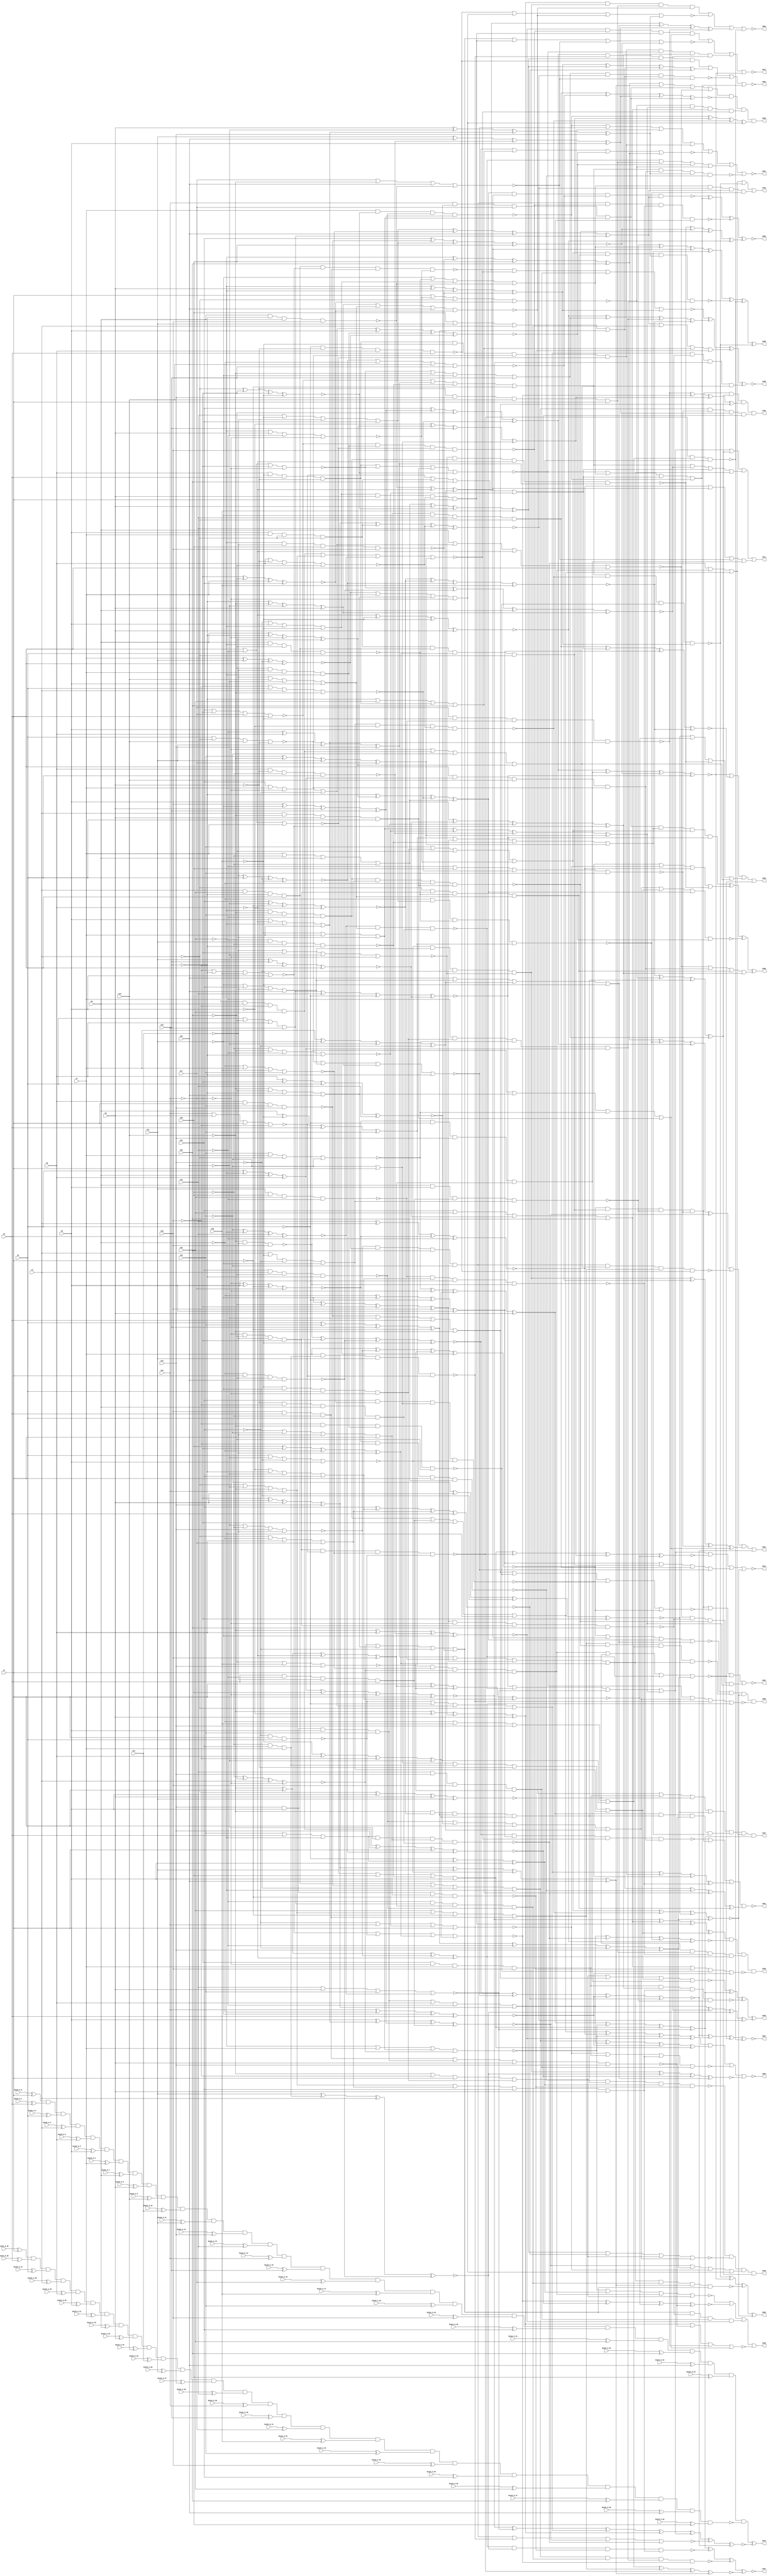


module Stat_489_535
(
  n1,
  n2,
  n3,
  n4,
  n5,
  n6,
  n7,
  n8,
  n9,
  n10,
  n11,
  n12,
  n13,
  n14,
  n15,
  n16,
  n17,
  n18,
  n19,
  n20,
  n21,
  n22,
  n23,
  n24,
  n25,
  n508,
  n492,
  n495,
  n490,
  n489,
  n496,
  n510,
  n507,
  n503,
  n491,
  n504,
  n514,
  n497,
  n505,
  n513,
  n494,
  n506,
  n500,
  n502,
  n512,
  n487,
  n509,
  n499,
  n498,
  n488,
  n501,
  n493,
  n511,
  keyIn_0_0,
  keyIn_0_1,
  keyIn_0_2,
  keyIn_0_3,
  keyIn_0_4,
  keyIn_0_5,
  keyIn_0_6,
  keyIn_0_7,
  keyIn_0_8,
  keyIn_0_9,
  keyIn_0_10,
  keyIn_0_11,
  keyIn_0_12,
  keyIn_0_13,
  keyIn_0_14,
  keyIn_0_15,
  keyIn_0_16,
  keyIn_0_17,
  keyIn_0_18,
  keyIn_0_19,
  keyIn_0_20,
  keyIn_0_21,
  keyIn_0_22,
  keyIn_0_23,
  keyIn_0_24,
  keyIn_0_25,
  keyIn_0_26,
  keyIn_0_27,
  keyIn_0_28,
  keyIn_0_29,
  keyIn_0_30,
  keyIn_0_31,
  keyIn_0_32,
  keyIn_0_33,
  keyIn_0_34,
  keyIn_0_35,
  keyIn_0_36,
  keyIn_0_37,
  keyIn_0_38,
  keyIn_0_39,
  keyIn_0_40,
  keyIn_0_41,
  keyIn_0_42,
  keyIn_0_43,
  keyIn_0_44,
  keyIn_0_45,
  keyIn_0_46,
  keyIn_0_47,
  keyIn_0_48,
  keyIn_0_49
);

  input n1;input n2;input n3;input n4;input n5;input n6;input n7;input n8;input n9;input n10;input n11;input n12;input n13;input n14;input n15;input n16;input n17;input n18;input n19;input n20;input n21;input n22;input n23;input n24;input n25;input keyIn_0_0;input keyIn_0_1;input keyIn_0_2;input keyIn_0_3;input keyIn_0_4;input keyIn_0_5;input keyIn_0_6;input keyIn_0_7;input keyIn_0_8;input keyIn_0_9;input keyIn_0_10;input keyIn_0_11;input keyIn_0_12;input keyIn_0_13;input keyIn_0_14;input keyIn_0_15;input keyIn_0_16;input keyIn_0_17;input keyIn_0_18;input keyIn_0_19;input keyIn_0_20;input keyIn_0_21;input keyIn_0_22;input keyIn_0_23;input keyIn_0_24;input keyIn_0_25;input keyIn_0_26;input keyIn_0_27;input keyIn_0_28;input keyIn_0_29;input keyIn_0_30;input keyIn_0_31;input keyIn_0_32;input keyIn_0_33;input keyIn_0_34;input keyIn_0_35;input keyIn_0_36;input keyIn_0_37;input keyIn_0_38;input keyIn_0_39;input keyIn_0_40;input keyIn_0_41;input keyIn_0_42;input keyIn_0_43;input keyIn_0_44;input keyIn_0_45;input keyIn_0_46;input keyIn_0_47;input keyIn_0_48;input keyIn_0_49;
  output n508;output n492;output n495;output n490;output n489;output n496;output n510;output n507;output n503;output n491;output n504;output n514;output n497;output n505;output n513;output n494;output n506;output n500;output n502;output n512;output n487;output n509;output n499;output n498;output n488;output n501;output n493;output n511;
  wire n26;wire n27;wire n28;wire n29;wire n30;wire n31;wire n32;wire n33;wire n34;wire n35;wire n36;wire n37;wire n38;wire n39;wire n40;wire n41;wire n42;wire n43;wire n44;wire n45;wire n46;wire n47;wire n48;wire n49;wire n50;wire n51;wire n52;wire n53;wire n54;wire n55;wire n56;wire n57;wire n58;wire n59;wire n60;wire n61;wire n62;wire n63;wire n64;wire n65;wire n66;wire n67;wire n68;wire n69;wire n70;wire n71;wire n72;wire n73;wire n74;wire n75;wire n76;wire n77;wire n78;wire n79;wire n80;wire n81;wire n82;wire n83;wire n84;wire n85;wire n86;wire n87;wire n88;wire n89;wire n90;wire n91;wire n92;wire n93;wire n94;wire n95;wire n96;wire n97;wire n98;wire n99;wire n100;wire n101;wire n102;wire n103;wire n104;wire n105;wire n106;wire n107;wire n108;wire n109;wire n110;wire n111;wire n112;wire n113;wire n114;wire n115;wire n116;wire n117;wire n118;wire n119;wire n120;wire n121;wire n122;wire n123;wire n124;wire n125;wire n126;wire n127;wire n128;wire n129;wire n130;wire n131;wire n132;wire n133;wire n134;wire n135;wire n136;wire n137;wire n138;wire n139;wire n140;wire n141;wire n142;wire n143;wire n144;wire n145;wire n146;wire n147;wire n148;wire n149;wire n150;wire n151;wire n152;wire n153;wire n154;wire n155;wire n156;wire n157;wire n158;wire n159;wire n160;wire n161;wire n162;wire n163;wire n164;wire n165;wire n166;wire n167;wire n168;wire n169;wire n170;wire n171;wire n172;wire n173;wire n174;wire n175;wire n176;wire n177;wire n178;wire n179;wire n180;wire n181;wire n182;wire n183;wire n184;wire n185;wire n186;wire n187;wire n188;wire n189;wire n190;wire n191;wire n192;wire n193;wire n194;wire n195;wire n196;wire n197;wire n198;wire n199;wire n200;wire n201;wire n202;wire n203;wire n204;wire n205;wire n206;wire n207;wire n208;wire n209;wire n210;wire n211;wire n212;wire n213;wire n214;wire n215;wire n216;wire n217;wire n218;wire n219;wire n220;wire n221;wire n222;wire n223;wire n224;wire n225;wire n226;wire n227;wire n228;wire n229;wire n230;wire n231;wire n232;wire n233;wire n234;wire n235;wire n236;wire n237;wire n238;wire n239;wire n240;wire n241;wire n242;wire n243;wire n244;wire n245;wire n246;wire n247;wire n248;wire n249;wire n250;wire n251;wire n252;wire n253;wire n254;wire n255;wire n256;wire n257;wire n258;wire n259;wire n260;wire n261;wire n262;wire n263;wire n264;wire n265;wire n266;wire n267;wire n268;wire n269;wire n270;wire n271;wire n272;wire n273;wire n274;wire n275;wire n276;wire n277;wire n278;wire n279;wire n280;wire n281;wire n282;wire n283;wire n284;wire n285;wire n286;wire n287;wire n288;wire n289;wire n290;wire n291;wire n292;wire n293;wire n294;wire n295;wire n296;wire n297;wire n298;wire n299;wire n300;wire n301;wire n302;wire n303;wire n304;wire n305;wire n306;wire n307;wire n308;wire n309;wire n310;wire n311;wire n312;wire n313;wire n314;wire n315;wire n316;wire n317;wire n318;wire n319;wire n320;wire n321;wire n322;wire n323;wire n324;wire n325;wire n326;wire n327;wire n328;wire n329;wire n330;wire n331;wire n332;wire n333;wire n334;wire n335;wire n336;wire n337;wire n338;wire n339;wire n340;wire n341;wire n342;wire n343;wire n344;wire n345;wire n346;wire n347;wire n348;wire n349;wire n350;wire n351;wire n352;wire n353;wire n354;wire n355;wire n356;wire n357;wire n358;wire n359;wire n360;wire n361;wire n362;wire n363;wire n364;wire n365;wire n366;wire n367;wire n368;wire n369;wire n370;wire n371;wire n372;wire n373;wire n374;wire n375;wire n376;wire n377;wire n378;wire n379;wire n380;wire n381;wire n382;wire n383;wire n384;wire n385;wire n386;wire n387;wire n388;wire n389;wire n390;wire n391;wire n392;wire n393;wire n394;wire n395;wire n396;wire n397;wire n398;wire n399;wire n400;wire n401;wire n402;wire n403;wire n404;wire n405;wire n406;wire n407;wire n408;wire n409;wire n410;wire n411;wire n412;wire n413;wire n414;wire n415;wire n416;wire n417;wire n418;wire n419;wire n420;wire n421;wire n422;wire n423;wire n424;wire n425;wire n426;wire n427;wire n428;wire n429;wire n430;wire n431;wire n432;wire n433;wire n434;wire n435;wire n436;wire n437;wire n438;wire n439;wire n440;wire n441;wire n442;wire n443;wire n444;wire n445;wire n446;wire n447;wire n448;wire n449;wire n450;wire n451;wire n452;wire n453;wire n454;wire n455;wire n456;wire n457;wire n458;wire n459;wire n460;wire n461;wire n462;wire n463;wire n464;wire n465;wire n466;wire n467;wire n468;wire n469;wire n470;wire n471;wire n472;wire n473;wire n474;wire n475;wire n476;wire n477;wire n478;wire n479;wire n480;wire n481;wire n482;wire n483;wire n484;wire n485;wire n486;wire g_input_0_0;wire gbar_input_0_0;wire g_input_0_1;wire gbar_input_0_1;wire g_input_0_2;wire gbar_input_0_2;wire g_input_0_3;wire gbar_input_0_3;wire g_input_0_4;wire gbar_input_0_4;wire g_input_0_5;wire gbar_input_0_5;wire g_input_0_6;wire gbar_input_0_6;wire g_input_0_7;wire gbar_input_0_7;wire g_input_0_8;wire gbar_input_0_8;wire g_input_0_9;wire gbar_input_0_9;wire g_input_0_10;wire gbar_input_0_10;wire g_input_0_11;wire gbar_input_0_11;wire g_input_0_12;wire gbar_input_0_12;wire g_input_0_13;wire gbar_input_0_13;wire g_input_0_14;wire gbar_input_0_14;wire g_input_0_15;wire gbar_input_0_15;wire g_input_0_16;wire gbar_input_0_16;wire g_input_0_17;wire gbar_input_0_17;wire g_input_0_18;wire gbar_input_0_18;wire g_input_0_19;wire gbar_input_0_19;wire g_input_0_20;wire gbar_input_0_20;wire g_input_0_21;wire gbar_input_0_21;wire g_input_0_22;wire gbar_input_0_22;wire g_input_0_23;wire gbar_input_0_23;wire g_input_0_24;wire gbar_input_0_24;wire f_g_wire;wire f_gbar_wire;wire AntiSAT_output;

  not
  g0
  (
    n97,
    n23
  );


  buf
  g1
  (
    n101,
    n5
  );


  not
  g2
  (
    n50,
    n18
  );


  buf
  g3
  (
    n72,
    n5
  );


  buf
  g4
  (
    n26,
    n6
  );


  not
  g5
  (
    n34,
    n24
  );


  not
  g6
  (
    n64,
    n25
  );


  buf
  g7
  (
    n122,
    n14
  );


  not
  g8
  (
    n56,
    n9
  );


  not
  g9
  (
    n27,
    n23
  );


  not
  g10
  (
    n109,
    n16
  );


  buf
  g11
  (
    n114,
    n3
  );


  not
  g12
  (
    n108,
    n5
  );


  buf
  g13
  (
    n118,
    n16
  );


  buf
  g14
  (
    n115,
    n1
  );


  not
  g15
  (
    n43,
    n12
  );


  buf
  g16
  (
    n52,
    n10
  );


  not
  g17
  (
    n57,
    n22
  );


  not
  g18
  (
    n41,
    n14
  );


  not
  g19
  (
    n91,
    n14
  );


  buf
  g20
  (
    n71,
    n7
  );


  buf
  g21
  (
    n48,
    n9
  );


  not
  g22
  (
    n106,
    n8
  );


  not
  g23
  (
    n86,
    n25
  );


  buf
  g24
  (
    n38,
    n21
  );


  not
  g25
  (
    n53,
    n22
  );


  buf
  g26
  (
    n47,
    n5
  );


  not
  g27
  (
    n110,
    n1
  );


  not
  g28
  (
    n42,
    n17
  );


  buf
  g29
  (
    n55,
    n8
  );


  not
  g30
  (
    n84,
    n16
  );


  not
  g31
  (
    n94,
    n11
  );


  not
  g32
  (
    n98,
    n16
  );


  not
  g33
  (
    n61,
    n15
  );


  not
  g34
  (
    n36,
    n14
  );


  buf
  g35
  (
    n113,
    n18
  );


  not
  g36
  (
    n74,
    n23
  );


  buf
  g37
  (
    n104,
    n20
  );


  buf
  g38
  (
    n121,
    n7
  );


  not
  g39
  (
    n85,
    n23
  );


  not
  g40
  (
    n105,
    n13
  );


  buf
  g41
  (
    n81,
    n21
  );


  not
  g42
  (
    n66,
    n10
  );


  buf
  g43
  (
    n83,
    n4
  );


  not
  g44
  (
    n70,
    n10
  );


  buf
  g45
  (
    n30,
    n19
  );


  buf
  g46
  (
    n111,
    n7
  );


  buf
  g47
  (
    n68,
    n2
  );


  buf
  g48
  (
    n73,
    n3
  );


  not
  g49
  (
    n90,
    n11
  );


  buf
  g50
  (
    n67,
    n24
  );


  buf
  g51
  (
    n93,
    n6
  );


  not
  g52
  (
    n82,
    n11
  );


  buf
  g53
  (
    n87,
    n21
  );


  not
  g54
  (
    n77,
    n1
  );


  not
  g55
  (
    n120,
    n15
  );


  buf
  g56
  (
    n116,
    n9
  );


  not
  g57
  (
    n100,
    n4
  );


  buf
  g58
  (
    n46,
    n7
  );


  not
  g59
  (
    n95,
    n17
  );


  not
  g60
  (
    n33,
    n18
  );


  buf
  g61
  (
    n69,
    n19
  );


  not
  g62
  (
    n60,
    n24
  );


  buf
  g63
  (
    n79,
    n17
  );


  buf
  g64
  (
    n99,
    n13
  );


  buf
  g65
  (
    n102,
    n2
  );


  buf
  g66
  (
    n89,
    n19
  );


  not
  g67
  (
    n37,
    n13
  );


  buf
  g68
  (
    n80,
    n25
  );


  not
  g69
  (
    n39,
    n9
  );


  not
  g70
  (
    n123,
    n17
  );


  not
  g71
  (
    n112,
    n12
  );


  buf
  g72
  (
    n92,
    n1
  );


  buf
  g73
  (
    n32,
    n12
  );


  not
  g74
  (
    n35,
    n22
  );


  not
  g75
  (
    n45,
    n21
  );


  buf
  g76
  (
    n62,
    n3
  );


  buf
  g77
  (
    n125,
    n4
  );


  not
  g78
  (
    n31,
    n10
  );


  not
  g79
  (
    n78,
    n15
  );


  buf
  g80
  (
    n51,
    n8
  );


  buf
  g81
  (
    n65,
    n8
  );


  buf
  g82
  (
    n75,
    n12
  );


  not
  g83
  (
    n103,
    n25
  );


  not
  g84
  (
    n44,
    n18
  );


  buf
  g85
  (
    n96,
    n22
  );


  buf
  g86
  (
    n58,
    n2
  );


  buf
  g87
  (
    n54,
    n20
  );


  buf
  g88
  (
    n76,
    n15
  );


  not
  g89
  (
    n119,
    n4
  );


  not
  g90
  (
    n29,
    n24
  );


  buf
  g91
  (
    n59,
    n6
  );


  buf
  g92
  (
    n107,
    n3
  );


  not
  g93
  (
    n117,
    n6
  );


  not
  g94
  (
    n40,
    n19
  );


  buf
  g95
  (
    n88,
    n13
  );


  not
  g96
  (
    n49,
    n20
  );


  not
  g97
  (
    n28,
    n20
  );


  not
  g98
  (
    n124,
    n11
  );


  buf
  g99
  (
    n63,
    n2
  );


  not
  g100
  (
    n216,
    n96
  );


  buf
  g101
  (
    n179,
    n95
  );


  buf
  g102
  (
    n270,
    n55
  );


  buf
  g103
  (
    n231,
    n35
  );


  not
  g104
  (
    n274,
    n33
  );


  not
  g105
  (
    n271,
    n105
  );


  not
  g106
  (
    n193,
    n101
  );


  not
  g107
  (
    n161,
    n110
  );


  not
  g108
  (
    n261,
    n52
  );


  not
  g109
  (
    n176,
    n70
  );


  not
  g110
  (
    n206,
    n84
  );


  not
  g111
  (
    n165,
    n76
  );


  buf
  g112
  (
    n152,
    n70
  );


  not
  g113
  (
    n217,
    n83
  );


  not
  g114
  (
    n214,
    n118
  );


  buf
  g115
  (
    n177,
    n48
  );


  not
  g116
  (
    n245,
    n108
  );


  buf
  g117
  (
    n221,
    n89
  );


  not
  g118
  (
    n131,
    n60
  );


  not
  g119
  (
    n138,
    n38
  );


  not
  g120
  (
    n196,
    n117
  );


  not
  g121
  (
    n141,
    n123
  );


  not
  g122
  (
    n126,
    n77
  );


  buf
  g123
  (
    n247,
    n46
  );


  buf
  g124
  (
    n254,
    n112
  );


  not
  g125
  (
    n209,
    n88
  );


  not
  g126
  (
    n192,
    n56
  );


  not
  g127
  (
    n160,
    n117
  );


  not
  g128
  (
    n218,
    n110
  );


  not
  g129
  (
    n267,
    n35
  );


  not
  g130
  (
    n148,
    n107
  );


  buf
  g131
  (
    n255,
    n87
  );


  not
  g132
  (
    n275,
    n113
  );


  not
  g133
  (
    n129,
    n74
  );


  not
  g134
  (
    n128,
    n85
  );


  buf
  g135
  (
    n248,
    n44
  );


  not
  g136
  (
    n240,
    n37
  );


  buf
  g137
  (
    n151,
    n85
  );


  not
  g138
  (
    n185,
    n61
  );


  not
  g139
  (
    n205,
    n55
  );


  not
  g140
  (
    n225,
    n52
  );


  buf
  g141
  (
    n158,
    n80
  );


  not
  g142
  (
    n145,
    n104
  );


  buf
  g143
  (
    n210,
    n67
  );


  buf
  g144
  (
    n224,
    n63
  );


  buf
  g145
  (
    n219,
    n32
  );


  buf
  g146
  (
    n264,
    n59
  );


  not
  g147
  (
    n149,
    n122
  );


  buf
  g148
  (
    n234,
    n116
  );


  buf
  g149
  (
    n189,
    n32
  );


  not
  g150
  (
    n220,
    n73
  );


  not
  g151
  (
    n213,
    n56
  );


  buf
  g152
  (
    n178,
    n42
  );


  not
  g153
  (
    n139,
    n105
  );


  not
  g154
  (
    n134,
    n51
  );


  not
  g155
  (
    n146,
    n86
  );


  not
  g156
  (
    n142,
    n41
  );


  not
  g157
  (
    n182,
    n125
  );


  buf
  g158
  (
    n239,
    n91
  );


  buf
  g159
  (
    n170,
    n81
  );


  not
  g160
  (
    n262,
    n110
  );


  buf
  g161
  (
    n135,
    n93
  );


  buf
  g162
  (
    n243,
    n110
  );


  not
  g163
  (
    n187,
    n28
  );


  not
  g164
  (
    n195,
    n26
  );


  buf
  g165
  (
    n164,
    n108
  );


  not
  g166
  (
    n207,
    n36
  );


  buf
  g167
  (
    n252,
    n39
  );


  buf
  g168
  (
    n166,
    n68
  );


  buf
  g169
  (
    n222,
    n43
  );


  not
  g170
  (
    n269,
    n89
  );


  buf
  g171
  (
    n258,
    n46
  );


  not
  g172
  (
    n265,
    n119
  );


  buf
  g173
  (
    n150,
    n34
  );


  or
  g174
  (
    n147,
    n40,
    n92
  );


  xor
  g175
  (
    n136,
    n89,
    n66,
    n75,
    n79
  );


  nand
  g176
  (
    n184,
    n72,
    n39,
    n103,
    n107
  );


  xnor
  g177
  (
    n276,
    n120,
    n27,
    n111,
    n81
  );


  nor
  g178
  (
    n186,
    n107,
    n34,
    n105,
    n59
  );


  nand
  g179
  (
    n257,
    n45,
    n115,
    n114
  );


  or
  g180
  (
    n169,
    n119,
    n106,
    n72,
    n79
  );


  nor
  g181
  (
    n223,
    n29,
    n64,
    n99,
    n82
  );


  nand
  g182
  (
    n143,
    n75,
    n80,
    n96,
    n91
  );


  nor
  g183
  (
    n175,
    n81,
    n120,
    n79,
    n68
  );


  and
  g184
  (
    n227,
    n54,
    n58,
    n86
  );


  nand
  g185
  (
    n171,
    n55,
    n53,
    n85,
    n107
  );


  or
  g186
  (
    n235,
    n73,
    n97,
    n72,
    n76
  );


  nor
  g187
  (
    n236,
    n102,
    n36,
    n120,
    n123
  );


  and
  g188
  (
    n191,
    n50,
    n43,
    n62,
    n123
  );


  or
  g189
  (
    n260,
    n44,
    n121,
    n94
  );


  xor
  g190
  (
    n279,
    n121,
    n112,
    n60,
    n45
  );


  or
  g191
  (
    n215,
    n37,
    n40,
    n82,
    n115
  );


  xor
  g192
  (
    n268,
    n65,
    n50,
    n58,
    n69
  );


  nor
  g193
  (
    n263,
    n90,
    n78,
    n29,
    n42
  );


  and
  g194
  (
    n278,
    n102,
    n36,
    n90,
    n58
  );


  xor
  g195
  (
    n156,
    n31,
    n115,
    n108,
    n104
  );


  nor
  g196
  (
    n157,
    n47,
    n56,
    n101,
    n27
  );


  xnor
  g197
  (
    n155,
    n95,
    n93,
    n77,
    n79
  );


  nor
  g198
  (
    n201,
    n76,
    n116,
    n92,
    n49
  );


  and
  g199
  (
    n249,
    n42,
    n74,
    n90,
    n61
  );


  or
  g200
  (
    n242,
    n43,
    n38,
    n90,
    n67
  );


  xnor
  g201
  (
    n266,
    n94,
    n73,
    n37,
    n33
  );


  nor
  g202
  (
    n253,
    n91,
    n68,
    n71
  );


  xor
  g203
  (
    n277,
    n84,
    n66,
    n34,
    n116
  );


  xor
  g204
  (
    n163,
    n65,
    n109,
    n42,
    n27
  );


  nor
  g205
  (
    n204,
    n74,
    n113,
    n88
  );


  or
  g206
  (
    n140,
    n30,
    n69,
    n63,
    n53
  );


  and
  g207
  (
    n256,
    n99,
    n59,
    n26,
    n30
  );


  and
  g208
  (
    n172,
    n57,
    n31,
    n30,
    n41
  );


  xnor
  g209
  (
    n228,
    n32,
    n118,
    n49,
    n63
  );


  xor
  g210
  (
    n246,
    n104,
    n43,
    n116,
    n118
  );


  nor
  g211
  (
    n190,
    n106,
    n121,
    n113,
    n69
  );


  or
  g212
  (
    n280,
    n38,
    n71,
    n95,
    n45
  );


  and
  g213
  (
    n168,
    n64,
    n86,
    n87,
    n111
  );


  nand
  g214
  (
    n198,
    n66,
    n124,
    n54
  );


  nand
  g215
  (
    n244,
    n91,
    n75,
    n103,
    n84
  );


  and
  g216
  (
    n183,
    n72,
    n33,
    n63,
    n39
  );


  nand
  g217
  (
    n154,
    n106,
    n92,
    n27,
    n67
  );


  nor
  g218
  (
    n188,
    n64,
    n31,
    n36,
    n98
  );


  and
  g219
  (
    n208,
    n125,
    n96,
    n109,
    n102
  );


  or
  g220
  (
    n232,
    n122,
    n44,
    n124,
    n81
  );


  or
  g221
  (
    n167,
    n46,
    n64,
    n55,
    n103
  );


  and
  g222
  (
    n281,
    n97,
    n124,
    n111,
    n35
  );


  xnor
  g223
  (
    n137,
    n103,
    n97,
    n83,
    n123
  );


  nor
  g224
  (
    n229,
    n28,
    n84,
    n113,
    n93
  );


  xor
  g225
  (
    n199,
    n80,
    n61,
    n106,
    n82
  );


  and
  g226
  (
    n194,
    n71,
    n65,
    n49,
    n96
  );


  or
  g227
  (
    n238,
    n117,
    n109,
    n29,
    n87
  );


  or
  g228
  (
    n251,
    n83,
    n50,
    n45,
    n112
  );


  nor
  g229
  (
    n202,
    n62,
    n100,
    n52,
    n56
  );


  and
  g230
  (
    n174,
    n39,
    n49,
    n51,
    n114
  );


  xor
  g231
  (
    n162,
    n61,
    n98,
    n48,
    n99
  );


  xnor
  g232
  (
    n153,
    n46,
    n75,
    n37,
    n58
  );


  and
  g233
  (
    n159,
    n26,
    n111,
    n100,
    n119
  );


  nand
  g234
  (
    n200,
    n53,
    n94,
    n80,
    n104
  );


  nand
  g235
  (
    n226,
    n101,
    n92,
    n89,
    n88
  );


  or
  g236
  (
    n211,
    n119,
    n29,
    n66,
    n76
  );


  nor
  g237
  (
    n132,
    n53,
    n48,
    n41,
    n95
  );


  nand
  g238
  (
    n130,
    n51,
    n109,
    n65,
    n54
  );


  nor
  g239
  (
    n241,
    n69,
    n121,
    n100,
    n40
  );


  xnor
  g240
  (
    n197,
    n47,
    n78,
    n73,
    n122
  );


  xor
  g241
  (
    n230,
    n41,
    n101,
    n32,
    n99
  );


  xor
  g242
  (
    n237,
    n112,
    n74,
    n78,
    n54
  );


  or
  g243
  (
    n203,
    n105,
    n59,
    n57,
    n50
  );


  xor
  g244
  (
    n180,
    n62,
    n57,
    n51,
    n47
  );


  and
  g245
  (
    n259,
    n125,
    n70,
    n48,
    n114
  );


  or
  g246
  (
    n144,
    n82,
    n52,
    n60,
    n26
  );


  xor
  g247
  (
    n133,
    n62,
    n30,
    n118,
    n77
  );


  or
  g248
  (
    n250,
    n93,
    n108,
    n57,
    n71
  );


  xnor
  g249
  (
    n127,
    n100,
    n120,
    n78,
    n44
  );


  nand
  g250
  (
    n212,
    n38,
    n125,
    n85,
    n98
  );


  xor
  g251
  (
    n233,
    n33,
    n47,
    n28,
    n60
  );


  nor
  g252
  (
    n173,
    n28,
    n114,
    n83,
    n31
  );


  or
  g253
  (
    n273,
    n70,
    n97,
    n98,
    n67
  );


  xnor
  g254
  (
    n181,
    n40,
    n35,
    n122,
    n102
  );


  xnor
  g255
  (
    n272,
    n87,
    n34,
    n77,
    n117
  );


  xor
  g256
  (
    n302,
    n225,
    n218,
    n223,
    n193
  );


  xor
  g257
  (
    n339,
    n225,
    n195,
    n263,
    n234
  );


  nand
  g258
  (
    n304,
    n134,
    n232,
    n171,
    n268
  );


  nor
  g259
  (
    n287,
    n202,
    n242,
    n277,
    n214
  );


  and
  g260
  (
    n394,
    n149,
    n191,
    n241,
    n180
  );


  nand
  g261
  (
    n321,
    n249,
    n201,
    n190,
    n257
  );


  or
  g262
  (
    n355,
    n137,
    n273,
    n138,
    n200
  );


  nor
  g263
  (
    n309,
    n141,
    n152,
    n210,
    n130
  );


  nor
  g264
  (
    n317,
    n231,
    n247,
    n260,
    n137
  );


  xor
  g265
  (
    n341,
    n216,
    n200,
    n146,
    n128
  );


  and
  g266
  (
    n353,
    n159,
    n208,
    n199,
    n217
  );


  xor
  g267
  (
    n319,
    n195,
    n163,
    n206,
    n147
  );


  and
  g268
  (
    n306,
    n224,
    n180,
    n176,
    n202
  );


  nand
  g269
  (
    n376,
    n155,
    n145,
    n218,
    n167
  );


  xnor
  g270
  (
    n395,
    n182,
    n264,
    n192,
    n189
  );


  or
  g271
  (
    n298,
    n221,
    n191,
    n151,
    n132
  );


  and
  g272
  (
    n369,
    n185,
    n197,
    n141,
    n260
  );


  xnor
  g273
  (
    n359,
    n272,
    n272,
    n266,
    n274
  );


  or
  g274
  (
    n337,
    n267,
    n211,
    n243,
    n227
  );


  and
  g275
  (
    n311,
    n152,
    n272,
    n133,
    n233
  );


  xnor
  g276
  (
    n357,
    n247,
    n223,
    n204,
    n203
  );


  nand
  g277
  (
    n354,
    n247,
    n127,
    n212,
    n246
  );


  or
  g278
  (
    n385,
    n214,
    n267,
    n183,
    n129
  );


  nand
  g279
  (
    n324,
    n270,
    n264,
    n278,
    n251
  );


  nor
  g280
  (
    n331,
    n207,
    n213,
    n221,
    n181
  );


  xnor
  g281
  (
    n282,
    n193,
    n275,
    n248,
    n234
  );


  or
  g282
  (
    n293,
    n147,
    n168,
    n252,
    n251
  );


  xnor
  g283
  (
    n351,
    n280,
    n160,
    n281,
    n153
  );


  or
  g284
  (
    n368,
    n178,
    n194,
    n269,
    n163
  );


  nand
  g285
  (
    n398,
    n148,
    n252,
    n245,
    n166
  );


  nor
  g286
  (
    n328,
    n270,
    n280,
    n164,
    n224
  );


  and
  g287
  (
    n325,
    n217,
    n249,
    n171,
    n144
  );


  and
  g288
  (
    n338,
    n207,
    n240,
    n187,
    n204
  );


  nand
  g289
  (
    n315,
    n181,
    n144,
    n174
  );


  and
  g290
  (
    n292,
    n239,
    n235,
    n156,
    n212
  );


  xor
  g291
  (
    n374,
    n196,
    n228,
    n256,
    n229
  );


  xor
  g292
  (
    n362,
    n134,
    n254,
    n220,
    n135
  );


  or
  g293
  (
    n314,
    n153,
    n258,
    n273,
    n178
  );


  nand
  g294
  (
    n387,
    n251,
    n195,
    n157,
    n196
  );


  or
  g295
  (
    n379,
    n261,
    n145,
    n126,
    n191
  );


  or
  g296
  (
    n386,
    n198,
    n273,
    n241,
    n259
  );


  xnor
  g297
  (
    n361,
    n225,
    n245,
    n184,
    n222
  );


  nor
  g298
  (
    n390,
    n266,
    n205,
    n176,
    n206
  );


  nor
  g299
  (
    n378,
    n183,
    n236,
    n259,
    n127
  );


  or
  g300
  (
    n344,
    n211,
    n169,
    n255,
    n192
  );


  or
  g301
  (
    n373,
    n208,
    n226,
    n209,
    n231
  );


  nand
  g302
  (
    n388,
    n140,
    n150,
    n215,
    n174
  );


  xor
  g303
  (
    n358,
    n232,
    n190,
    n131,
    n235
  );


  or
  g304
  (
    n397,
    n175,
    n230,
    n244,
    n243
  );


  and
  g305
  (
    n366,
    n223,
    n153,
    n128,
    n269
  );


  nand
  g306
  (
    n389,
    n170,
    n276,
    n147,
    n186
  );


  xnor
  g307
  (
    n323,
    n219,
    n168,
    n265,
    n154
  );


  and
  g308
  (
    n380,
    n215,
    n254,
    n207,
    n182
  );


  xor
  g309
  (
    n286,
    n133,
    n239,
    n138,
    n271
  );


  and
  g310
  (
    n305,
    n186,
    n242,
    n209,
    n263
  );


  or
  g311
  (
    n329,
    n268,
    n237,
    n244,
    n136
  );


  xor
  g312
  (
    n384,
    n260,
    n188,
    n184,
    n136
  );


  xor
  g313
  (
    n318,
    n162,
    n219,
    n186,
    n210
  );


  xnor
  g314
  (
    n303,
    n198,
    n175,
    n154,
    n248
  );


  or
  g315
  (
    n375,
    n131,
    n242,
    n279,
    n248
  );


  or
  g316
  (
    n365,
    n255,
    n267,
    n228,
    n128
  );


  xor
  g317
  (
    n347,
    n213,
    n150,
    n250,
    n240
  );


  or
  g318
  (
    n313,
    n257,
    n148,
    n280,
    n182
  );


  nand
  g319
  (
    n392,
    n271,
    n196,
    n215,
    n243
  );


  xnor
  g320
  (
    n335,
    n236,
    n154,
    n270,
    n277
  );


  and
  g321
  (
    n290,
    n268,
    n190,
    n137,
    n161
  );


  or
  g322
  (
    n330,
    n226,
    n150,
    n224,
    n261
  );


  xnor
  g323
  (
    n346,
    n180,
    n158,
    n178,
    n262
  );


  nor
  g324
  (
    n336,
    n149,
    n146,
    n173,
    n221
  );


  nand
  g325
  (
    n312,
    n141,
    n275,
    n143,
    n250
  );


  xor
  g326
  (
    n334,
    n220,
    n140,
    n160
  );


  nand
  g327
  (
    n370,
    n143,
    n238,
    n135,
    n198
  );


  and
  g328
  (
    n352,
    n155,
    n220,
    n240,
    n156
  );


  xnor
  g329
  (
    n364,
    n194,
    n271,
    n161,
    n266
  );


  xnor
  g330
  (
    n371,
    n170,
    n226,
    n232,
    n158
  );


  xnor
  g331
  (
    n297,
    n135,
    n250,
    n246,
    n278
  );


  or
  g332
  (
    n342,
    n230,
    n143,
    n237,
    n199
  );


  or
  g333
  (
    n345,
    n236,
    n152,
    n222,
    n206
  );


  and
  g334
  (
    n301,
    n203,
    n192,
    n157,
    n262
  );


  and
  g335
  (
    n288,
    n252,
    n139,
    n176,
    n126
  );


  xor
  g336
  (
    n377,
    n214,
    n163,
    n173,
    n167
  );


  or
  g337
  (
    n285,
    n205,
    n274,
    n139,
    n197
  );


  xnor
  g338
  (
    n340,
    n185,
    n205,
    n222,
    n166
  );


  or
  g339
  (
    n350,
    n256,
    n245,
    n149,
    n162
  );


  nor
  g340
  (
    n291,
    n218,
    n132,
    n217,
    n276
  );


  nand
  g341
  (
    n294,
    n263,
    n172,
    n193,
    n230
  );


  nor
  g342
  (
    n327,
    n227,
    n256,
    n177,
    n139
  );


  nand
  g343
  (
    n299,
    n175,
    n281,
    n253,
    n187
  );


  nand
  g344
  (
    n381,
    n258,
    n168,
    n189,
    n201
  );


  xor
  g345
  (
    n382,
    n167,
    n177,
    n127,
    n274
  );


  or
  g346
  (
    n393,
    n254,
    n171,
    n203,
    n130
  );


  nor
  g347
  (
    n296,
    n194,
    n211,
    n181,
    n136
  );


  xnor
  g348
  (
    n316,
    n142,
    n265,
    n155,
    n239
  );


  xnor
  g349
  (
    n308,
    n161,
    n156,
    n204,
    n238
  );


  or
  g350
  (
    n372,
    n201,
    n159,
    n129,
    n188
  );


  or
  g351
  (
    n343,
    n158,
    n189,
    n265,
    n133
  );


  xnor
  g352
  (
    n307,
    n162,
    n159,
    n157,
    n142
  );


  and
  g353
  (
    n295,
    n183,
    n275,
    n202,
    n253
  );


  or
  g354
  (
    n356,
    n172,
    n278,
    n165,
    n216
  );


  and
  g355
  (
    n349,
    n165,
    n179,
    n258,
    n187
  );


  xnor
  g356
  (
    n360,
    n255,
    n238,
    n169,
    n166
  );


  xnor
  g357
  (
    n363,
    n235,
    n142,
    n148,
    n228
  );


  xnor
  g358
  (
    n348,
    n269,
    n213,
    n209,
    n165
  );


  nand
  g359
  (
    n310,
    n237,
    n179,
    n249,
    n129
  );


  xor
  g360
  (
    n367,
    n216,
    n177,
    n231,
    n200
  );


  nand
  g361
  (
    n322,
    n145,
    n261,
    n281,
    n151
  );


  nand
  g362
  (
    n320,
    n208,
    n229,
    n227,
    n132
  );


  nor
  g363
  (
    n383,
    n229,
    n257,
    n199,
    n233
  );


  xor
  g364
  (
    n326,
    n219,
    n131,
    n184,
    n264
  );


  nor
  g365
  (
    n333,
    n277,
    n144,
    n210,
    n276
  );


  xor
  g366
  (
    n391,
    n130,
    n164,
    n279
  );


  nor
  g367
  (
    n396,
    n138,
    n185,
    n188,
    n126
  );


  or
  g368
  (
    n283,
    n212,
    n197,
    n262,
    n279
  );


  nand
  g369
  (
    n332,
    n172,
    n169,
    n134,
    n259
  );


  xor
  g370
  (
    n300,
    n170,
    n246,
    n151,
    n173
  );


  xor
  g371
  (
    n289,
    n241,
    n179,
    n233,
    n234
  );


  or
  g372
  (
    n284,
    n253,
    n146,
    n244,
    n160
  );


  nand
  g373
  (
    n481,
    n321,
    n285,
    n334
  );


  xnor
  g374
  (
    n408,
    n284,
    n321,
    n319,
    n308
  );


  xor
  g375
  (
    n474,
    n346,
    n331,
    n313,
    n339
  );


  nand
  g376
  (
    n456,
    n298,
    n325,
    n347,
    n394
  );


  xnor
  g377
  (
    n440,
    n380,
    n390,
    n326,
    n369
  );


  nand
  g378
  (
    n430,
    n342,
    n292,
    n318,
    n355
  );


  nor
  g379
  (
    n421,
    n378,
    n283,
    n381,
    n302
  );


  nor
  g380
  (
    n425,
    n320,
    n296,
    n338,
    n367
  );


  xnor
  g381
  (
    n470,
    n285,
    n337,
    n321,
    n318
  );


  nand
  g382
  (
    n410,
    n377,
    n391,
    n390,
    n358
  );


  xnor
  g383
  (
    n426,
    n380,
    n372,
    n362,
    n359
  );


  nor
  g384
  (
    n455,
    n355,
    n301,
    n309,
    n371
  );


  or
  g385
  (
    n483,
    n388,
    n290,
    n356
  );


  xor
  g386
  (
    n448,
    n373,
    n350,
    n340,
    n284
  );


  xor
  g387
  (
    n431,
    n341,
    n304,
    n300,
    n297
  );


  xor
  g388
  (
    n459,
    n305,
    n390,
    n336,
    n386
  );


  and
  g389
  (
    n458,
    n339,
    n305,
    n288,
    n333
  );


  xor
  g390
  (
    n469,
    n320,
    n375,
    n326,
    n312
  );


  and
  g391
  (
    n486,
    n357,
    n353,
    n324,
    n336
  );


  or
  g392
  (
    n419,
    n389,
    n396,
    n316,
    n294
  );


  xor
  g393
  (
    n452,
    n354,
    n353,
    n387,
    n314
  );


  or
  g394
  (
    n471,
    n341,
    n318,
    n369,
    n328
  );


  nor
  g395
  (
    n417,
    n303,
    n385,
    n351,
    n341
  );


  nor
  g396
  (
    n438,
    n357,
    n391,
    n377,
    n375
  );


  nor
  g397
  (
    n476,
    n290,
    n395,
    n315,
    n286
  );


  xnor
  g398
  (
    n433,
    n383,
    n364,
    n308,
    n327
  );


  nand
  g399
  (
    n467,
    n345,
    n307,
    n343,
    n309
  );


  xor
  g400
  (
    n473,
    n346,
    n365,
    n301,
    n293
  );


  or
  g401
  (
    n453,
    n362,
    n353,
    n380,
    n287
  );


  nor
  g402
  (
    n401,
    n330,
    n322,
    n389,
    n357
  );


  nand
  g403
  (
    n485,
    n397,
    n387,
    n322,
    n367
  );


  nand
  g404
  (
    n449,
    n366,
    n368,
    n337,
    n398
  );


  and
  g405
  (
    n444,
    n355,
    n310,
    n338,
    n361
  );


  and
  g406
  (
    n437,
    n289,
    n311,
    n327,
    n329
  );


  xor
  g407
  (
    n478,
    n289,
    n317,
    n284,
    n331
  );


  xor
  g408
  (
    n484,
    n359,
    n291,
    n311,
    n345
  );


  nor
  g409
  (
    n416,
    n366,
    n381,
    n297,
    n388
  );


  and
  g410
  (
    n427,
    n373,
    n336,
    n326,
    n364
  );


  xor
  g411
  (
    n441,
    n294,
    n371,
    n332,
    n282
  );


  xor
  g412
  (
    n446,
    n356,
    n316,
    n317,
    n361
  );


  or
  g413
  (
    n461,
    n297,
    n286,
    n396,
    n314
  );


  xnor
  g414
  (
    n429,
    n305,
    n323,
    n364,
    n375
  );


  xor
  g415
  (
    n418,
    n367,
    n382,
    n343,
    n360
  );


  nor
  g416
  (
    n402,
    n379,
    n330,
    n293,
    n352
  );


  xor
  g417
  (
    n423,
    n313,
    n295,
    n389,
    n370
  );


  xor
  g418
  (
    n405,
    n312,
    n383,
    n319,
    n330
  );


  nand
  g419
  (
    n466,
    n302,
    n323,
    n392,
    n344
  );


  and
  g420
  (
    n413,
    n395,
    n288,
    n370,
    n302
  );


  nor
  g421
  (
    n443,
    n317,
    n334,
    n290,
    n379
  );


  and
  g422
  (
    n435,
    n361,
    n299,
    n301,
    n386
  );


  xor
  g423
  (
    n428,
    n324,
    n393,
    n391,
    n329
  );


  xnor
  g424
  (
    n482,
    n300,
    n352,
    n371,
    n363
  );


  or
  g425
  (
    n454,
    n315,
    n288,
    n351,
    n291
  );


  nand
  g426
  (
    n460,
    n366,
    n299,
    n370,
    n289
  );


  or
  g427
  (
    n415,
    n328,
    n306,
    n325,
    n374
  );


  and
  g428
  (
    n462,
    n300,
    n381,
    n382,
    n398
  );


  xnor
  g429
  (
    n479,
    n303,
    n287,
    n340,
    n360
  );


  or
  g430
  (
    n465,
    n333,
    n349,
    n395,
    n348
  );


  nor
  g431
  (
    n414,
    n382,
    n360,
    n379,
    n283
  );


  xor
  g432
  (
    n457,
    n350,
    n335,
    n323,
    n307
  );


  or
  g433
  (
    n472,
    n348,
    n308,
    n294,
    n368
  );


  nand
  g434
  (
    n403,
    n376,
    n311,
    n334,
    n392
  );


  and
  g435
  (
    n439,
    n393,
    n307,
    n358,
    n304
  );


  or
  g436
  (
    n409,
    n397,
    n335,
    n372,
    n342
  );


  and
  g437
  (
    n468,
    n369,
    n329,
    n298,
    n363
  );


  or
  g438
  (
    n436,
    n358,
    n292,
    n385,
    n392
  );


  and
  g439
  (
    n407,
    n328,
    n310,
    n332,
    n384
  );


  xnor
  g440
  (
    n480,
    n298,
    n387,
    n348,
    n286
  );


  nor
  g441
  (
    n399,
    n396,
    n349,
    n344,
    n338
  );


  nand
  g442
  (
    n442,
    n349,
    n374,
    n344,
    n324
  );


  xor
  g443
  (
    n450,
    n282,
    n345,
    n394,
    n359
  );


  xnor
  g444
  (
    n424,
    n350,
    n388,
    n304,
    n282
  );


  nor
  g445
  (
    n412,
    n339,
    n327,
    n312,
    n386
  );


  nand
  g446
  (
    n463,
    n303,
    n362,
    n296,
    n306
  );


  nand
  g447
  (
    n406,
    n397,
    n306,
    n347,
    n376
  );


  and
  g448
  (
    n422,
    n295,
    n378,
    n374,
    n335
  );


  and
  g449
  (
    n451,
    n291,
    n384,
    n365,
    n296
  );


  and
  g450
  (
    n447,
    n313,
    n310,
    n346,
    n368
  );


  nand
  g451
  (
    n432,
    n337,
    n332,
    n285,
    n342
  );


  nor
  g452
  (
    n464,
    n365,
    n299,
    n322,
    n340
  );


  or
  g453
  (
    n420,
    n354,
    n287,
    n319,
    n295
  );


  xor
  g454
  (
    n411,
    n343,
    n376,
    n385,
    n325
  );


  or
  g455
  (
    n475,
    n363,
    n315,
    n331,
    n384
  );


  nand
  g456
  (
    n400,
    n373,
    n292,
    n394,
    n383
  );


  nor
  g457
  (
    n434,
    n283,
    n293,
    n377,
    n351
  );


  or
  g458
  (
    n477,
    n378,
    n393,
    n372,
    n354
  );


  nor
  g459
  (
    n404,
    n398,
    n314,
    n333,
    n347
  );


  or
  g460
  (
    n445,
    n316,
    n320,
    n309,
    n352
  );


  nor
  g461
  (
    n491,
    n463,
    n486,
    n423,
    n411
  );


  or
  g462
  (
    n501,
    n431,
    n449,
    n459,
    n479
  );


  and
  g463
  (
    n496,
    n403,
    n414,
    n461,
    n484
  );


  xnor
  g464
  (
    n487,
    n478,
    n466,
    n400,
    n470
  );


  and
  g465
  (
    n506,
    n438,
    n432,
    n480,
    n421
  );


  xor
  g466
  (
    n489,
    n402,
    n478,
    n442,
    n457
  );


  nor
  g467
  (
    n502,
    n462,
    n418,
    n467,
    n477
  );


  xnor
  g468
  (
    n505,
    n410,
    n477,
    n460,
    n441
  );


  or
  g469
  (
    n493,
    n482,
    n426,
    n472,
    n476
  );


  nor
  g470
  (
    n503,
    n446,
    n448,
    n399,
    n429
  );


  xnor
  g471
  (
    AntiSAT_key_wire,
    n474,
    n475,
    n416,
    n479
  );


  and
  g472
  (
    n492,
    n486,
    n484,
    n405,
    n427
  );


  nor
  g473
  (
    n512,
    n435,
    n455,
    n422,
    n482
  );


  xor
  g474
  (
    n509,
    n485,
    n482,
    n430,
    n480
  );


  or
  g475
  (
    n511,
    n475,
    n484,
    n409,
    n445
  );


  nor
  g476
  (
    n513,
    n420,
    n417,
    n454,
    n406
  );


  and
  g477
  (
    n497,
    n465,
    n437,
    n483,
    n478
  );


  or
  g478
  (
    n490,
    n443,
    n433,
    n444,
    n412
  );


  xor
  g479
  (
    n498,
    n428,
    n456,
    n481,
    n485
  );


  xnor
  g480
  (
    n507,
    n479,
    n477,
    n476,
    n481
  );


  or
  g481
  (
    n494,
    n483,
    n483,
    n485,
    n439
  );


  nor
  g482
  (
    n500,
    n458,
    n404,
    n469,
    n481
  );


  xnor
  g483
  (
    n499,
    n425,
    n450,
    n436,
    n447
  );


  xor
  g484
  (
    n488,
    n468,
    n419,
    n434,
    n415
  );


  and
  g485
  (
    n495,
    n473,
    n424,
    n413,
    n464
  );


  nor
  g486
  (
    n504,
    n486,
    n401,
    n476,
    n407
  );


  and
  g487
  (
    n508,
    n471,
    n440,
    n451,
    n452
  );


  nor
  g488
  (
    n514,
    n475,
    n408,
    n453,
    n480
  );


  xor
  KeyPIGate_0_0
  (
    g_input_0_0,
    keyIn_0_0,
    n1
  );


  xor
  KeyPIGate_0_25
  (
    gbar_input_0_0,
    keyIn_0_25,
    n1
  );


  xor
  KeyPIGate_0_1
  (
    g_input_0_1,
    keyIn_0_1,
    n2
  );


  xor
  KeyPIGate_0_26
  (
    gbar_input_0_1,
    keyIn_0_26,
    n2
  );


  xor
  KeyPIGate_0_2
  (
    g_input_0_2,
    keyIn_0_2,
    n3
  );


  xor
  KeyPIGate_0_27
  (
    gbar_input_0_2,
    keyIn_0_27,
    n3
  );


  xor
  KeyPIGate_0_3
  (
    g_input_0_3,
    keyIn_0_3,
    n4
  );


  xor
  KeyPIGate_0_28
  (
    gbar_input_0_3,
    keyIn_0_28,
    n4
  );


  xor
  KeyPIGate_0_4
  (
    g_input_0_4,
    keyIn_0_4,
    n5
  );


  xor
  KeyPIGate_0_29
  (
    gbar_input_0_4,
    keyIn_0_29,
    n5
  );


  xor
  KeyPIGate_0_5
  (
    g_input_0_5,
    keyIn_0_5,
    n6
  );


  xor
  KeyPIGate_0_30
  (
    gbar_input_0_5,
    keyIn_0_30,
    n6
  );


  xor
  KeyPIGate_0_6
  (
    g_input_0_6,
    keyIn_0_6,
    n7
  );


  xor
  KeyPIGate_0_31
  (
    gbar_input_0_6,
    keyIn_0_31,
    n7
  );


  xor
  KeyPIGate_0_7
  (
    g_input_0_7,
    keyIn_0_7,
    n8
  );


  xor
  KeyPIGate_0_32
  (
    gbar_input_0_7,
    keyIn_0_32,
    n8
  );


  xor
  KeyPIGate_0_8
  (
    g_input_0_8,
    keyIn_0_8,
    n9
  );


  xor
  KeyPIGate_0_33
  (
    gbar_input_0_8,
    keyIn_0_33,
    n9
  );


  xor
  KeyPIGate_0_9
  (
    g_input_0_9,
    keyIn_0_9,
    n10
  );


  xor
  KeyPIGate_0_34
  (
    gbar_input_0_9,
    keyIn_0_34,
    n10
  );


  xor
  KeyPIGate_0_10
  (
    g_input_0_10,
    keyIn_0_10,
    n11
  );


  xor
  KeyPIGate_0_35
  (
    gbar_input_0_10,
    keyIn_0_35,
    n11
  );


  xor
  KeyPIGate_0_11
  (
    g_input_0_11,
    keyIn_0_11,
    n12
  );


  xor
  KeyPIGate_0_36
  (
    gbar_input_0_11,
    keyIn_0_36,
    n12
  );


  xor
  KeyPIGate_0_12
  (
    g_input_0_12,
    keyIn_0_12,
    n13
  );


  xor
  KeyPIGate_0_37
  (
    gbar_input_0_12,
    keyIn_0_37,
    n13
  );


  xor
  KeyPIGate_0_13
  (
    g_input_0_13,
    keyIn_0_13,
    n14
  );


  xor
  KeyPIGate_0_38
  (
    gbar_input_0_13,
    keyIn_0_38,
    n14
  );


  xor
  KeyPIGate_0_14
  (
    g_input_0_14,
    keyIn_0_14,
    n15
  );


  xor
  KeyPIGate_0_39
  (
    gbar_input_0_14,
    keyIn_0_39,
    n15
  );


  xor
  KeyPIGate_0_15
  (
    g_input_0_15,
    keyIn_0_15,
    n16
  );


  xor
  KeyPIGate_0_40
  (
    gbar_input_0_15,
    keyIn_0_40,
    n16
  );


  xor
  KeyPIGate_0_16
  (
    g_input_0_16,
    keyIn_0_16,
    n17
  );


  xor
  KeyPIGate_0_41
  (
    gbar_input_0_16,
    keyIn_0_41,
    n17
  );


  xor
  KeyPIGate_0_17
  (
    g_input_0_17,
    keyIn_0_17,
    n18
  );


  xor
  KeyPIGate_0_42
  (
    gbar_input_0_17,
    keyIn_0_42,
    n18
  );


  xor
  KeyPIGate_0_18
  (
    g_input_0_18,
    keyIn_0_18,
    n19
  );


  xor
  KeyPIGate_0_43
  (
    gbar_input_0_18,
    keyIn_0_43,
    n19
  );


  xor
  KeyPIGate_0_19
  (
    g_input_0_19,
    keyIn_0_19,
    n20
  );


  xor
  KeyPIGate_0_44
  (
    gbar_input_0_19,
    keyIn_0_44,
    n20
  );


  xor
  KeyPIGate_0_20
  (
    g_input_0_20,
    keyIn_0_20,
    n21
  );


  xor
  KeyPIGate_0_45
  (
    gbar_input_0_20,
    keyIn_0_45,
    n21
  );


  xor
  KeyPIGate_0_21
  (
    g_input_0_21,
    keyIn_0_21,
    n22
  );


  xor
  KeyPIGate_0_46
  (
    gbar_input_0_21,
    keyIn_0_46,
    n22
  );


  xor
  KeyPIGate_0_22
  (
    g_input_0_22,
    keyIn_0_22,
    n23
  );


  xor
  KeyPIGate_0_47
  (
    gbar_input_0_22,
    keyIn_0_47,
    n23
  );


  xor
  KeyPIGate_0_23
  (
    g_input_0_23,
    keyIn_0_23,
    n24
  );


  xor
  KeyPIGate_0_48
  (
    gbar_input_0_23,
    keyIn_0_48,
    n24
  );


  xor
  KeyPIGate_0_24
  (
    g_input_0_24,
    keyIn_0_24,
    n25
  );


  xor
  KeyPIGate_0_49
  (
    gbar_input_0_24,
    keyIn_0_49,
    n25
  );


  and
  f_g
  (
    f_g_wire,
    g_input_0_0,
    g_input_0_1,
    g_input_0_2,
    g_input_0_3,
    g_input_0_4,
    g_input_0_5,
    g_input_0_6,
    g_input_0_7,
    g_input_0_8,
    g_input_0_9,
    g_input_0_10,
    g_input_0_11,
    g_input_0_12,
    g_input_0_13,
    g_input_0_14,
    g_input_0_15,
    g_input_0_16,
    g_input_0_17,
    g_input_0_18,
    g_input_0_19,
    g_input_0_20,
    g_input_0_21,
    g_input_0_22,
    g_input_0_23,
    g_input_0_24
  );


  nand
  f_gbar
  (
    f_gbar_wire,
    gbar_input_0_0,
    gbar_input_0_1,
    gbar_input_0_2,
    gbar_input_0_3,
    gbar_input_0_4,
    gbar_input_0_5,
    gbar_input_0_6,
    gbar_input_0_7,
    gbar_input_0_8,
    gbar_input_0_9,
    gbar_input_0_10,
    gbar_input_0_11,
    gbar_input_0_12,
    gbar_input_0_13,
    gbar_input_0_14,
    gbar_input_0_15,
    gbar_input_0_16,
    gbar_input_0_17,
    gbar_input_0_18,
    gbar_input_0_19,
    gbar_input_0_20,
    gbar_input_0_21,
    gbar_input_0_22,
    gbar_input_0_23,
    gbar_input_0_24
  );


  and
  G
  (
    AntiSAT_output,
    f_g_wire,
    f_gbar_wire
  );


  xor
  flip_it
  (
    n510,
    AntiSAT_output,
    AntiSAT_key_wire
  );


endmodule